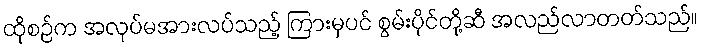
ထိုစဉ်က အလုပ်မအားလပ်သည့် ကြားမှပင် စွမ်းပိုင်တို့ဆီ အလည်လာတတ်သည်။